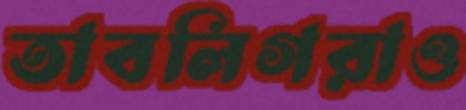
তাবলিগরাও